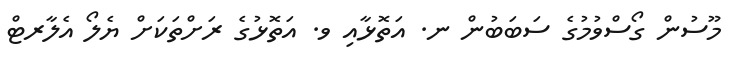
މޫސުން ގޯސްވުމުގެ ސަބަބުން ނ. އަތޮޅާއި ވ. އަތޮޅުގެ ރަށްތަކަށް ޔެލޯ އެލާރޓް